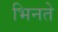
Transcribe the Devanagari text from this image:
भिनते